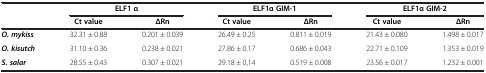
|  | <COLSPAN=2> ELF1 α | <COLSPAN=2> ELF1α GIM-1 | <COLSPAN=2> ELF1α GIM-2 |
 |  | Ct value | ΔRn | Ct value | ΔRn | Ct value | ΔRn |
 | --- | --- | --- | --- | --- | --- | --- |
 | O. mykiss | 32.31 ± 0.88 | 0.201 ± 0.039 | 26.49 ± 0.25 | 0.811 ± 0.019 | 21.43 ± 0.080 | 1.498 ± 0.017 |
 | O. kisutch | 31.10 ± 0.36 | 0.238 ± 0.021 | 27.86 ± 0.17 | 0.686 ± 0.043 | 22.71 ± 0.109 | 1.353 ± 0.019 |
 | S. salar | 28.55 ± 0.43 | 0.307 ± 0.021 | 29.18 ± 0,14 | 0.519 ± 0.008 | 23.56 ± 0.017 | 1.232 ± 0.001 |